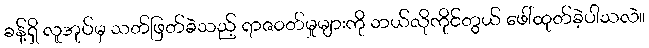
ခန့်ရှိ လူအုပ်မှ သတ်ဖြတ်ခဲသည့် ရာဇဝတ်မှုများကို ဘယ်လိုကိုင်တွယ် ဖေါ်ထုတ်ခဲ့ပါသလဲ။